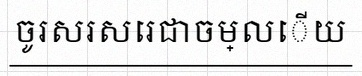
ចូរសរសេរជាចម្លើយ